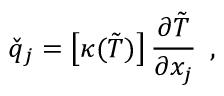
\check { q } _ { j } = \left[ \kappa ( \tilde { T } ) \right] \frac { \partial \tilde { T } } { \partial x _ { j } } \, \mathrm { ~ , ~ }